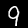
Digit: 9